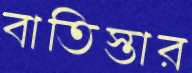
বাতিস্তার